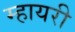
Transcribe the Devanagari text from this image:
म्हायरी